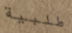
طلبية